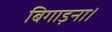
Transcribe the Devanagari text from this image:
बिगाड़ना।